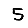
Digit: 5